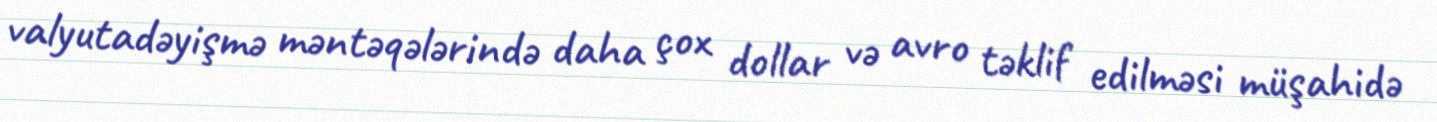
valyutadəyişmə məntəqələrində daha çox dollar və avro təklif edilməsi müşahidə